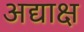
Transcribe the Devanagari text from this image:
अद्याक्ष